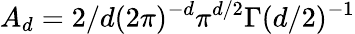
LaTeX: A_{d}=2/d(2\pi)^{-d}\pi^{d/2}\Gamma(d/2)^{-1}